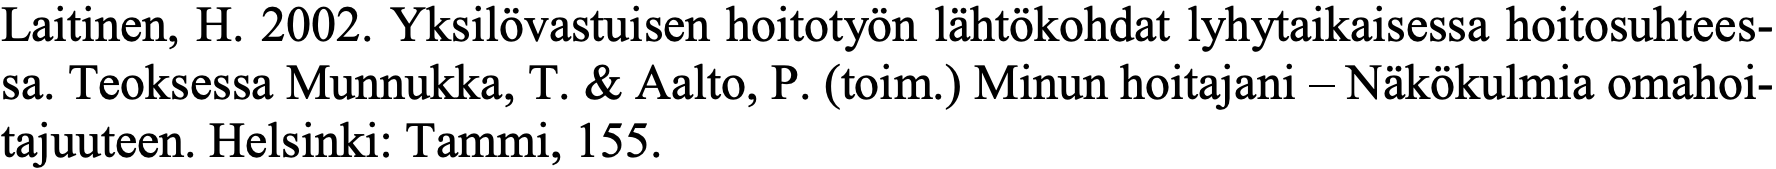
Laitinen, H. 2002. Yksilövastuisen hoitotyön lähtökohdat lyhytaikaisessa hoitosuhtees- sa. Teoksessa Munnukka, T. & Aalto, P. (toim.) Minun hoitajani – Näkökulmia omahoi- tajuuteen. Helsinki: Tammi, 155.